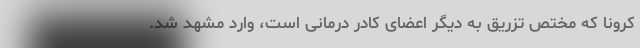
کرونا که مختص تزریق به دیگر اعضای کادر درمانی است، وارد مشهد شد.